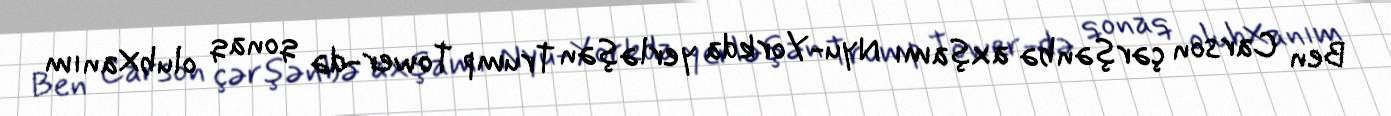
Ben Carson çərşənbə axşamı Nyu-Yorkda yerləşən Trump Tower-də qonaq olubXanım